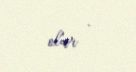
olur .